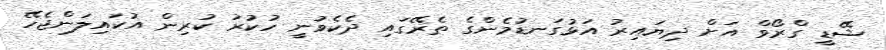
ޝޭޑީ ގްރޯވް އަށް ދިޔައިރު އަޅުގަނޑުމެންގެ ތެރޭގައި ދެކެވުނީ ހުކުރު ކުރިން އުކައިލަންޖެހޭ